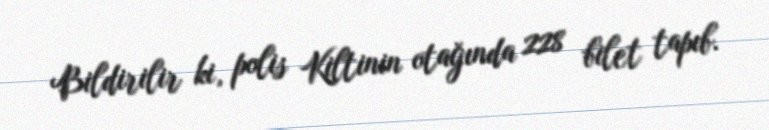
Bildirilir ki, polis Kiltinin otağında 228 bilet tapıb.